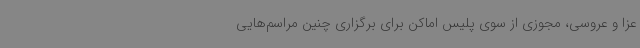
عزا و عروسی، مجوزی از سوی پلیس اماکن برای برگزاری چنین مراسم‌هایی